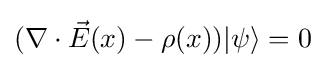
(\nabla \cdot {\vec {E}}(x)-\rho (x))|\psi \rangle =0